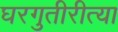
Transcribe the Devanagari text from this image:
घरगुतीरीत्या